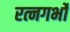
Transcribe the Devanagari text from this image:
रत्नगर्भो